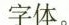
字体。